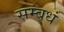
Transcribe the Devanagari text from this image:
सम्बधं